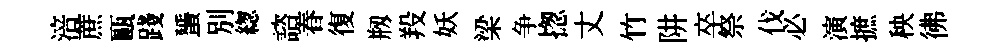
涪蔗甌踐蜑別緫諮春復剏羖妖梁争揔丈竹阱卒祭伐必演摭秧彿